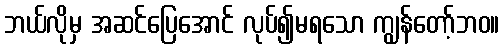
ဘယ်လိုမှ အဆင်ပြေအောင် လုပ်၍မရသော ကျွန်တော့်ဘဝ။